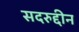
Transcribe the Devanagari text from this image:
सदरुद्दीन